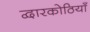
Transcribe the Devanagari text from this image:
द्वारकोठियाँ